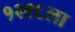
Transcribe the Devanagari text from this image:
१२९६ला